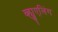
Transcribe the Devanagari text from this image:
व्ह्युएलिंग